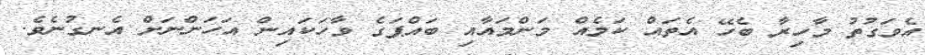
އެވަގުތު މާހިރާ ބެހޭ އެތައް ކަމެއް މަންމައާއި ބައްޕަގެ ވާހަކައިން އަހަންނަށް އެނގުނެވެ.